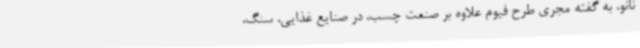
نانو، به گفته مجری طرح فیوم علاوه بر صنعت چسب، در صنایع غذایی، سنگ،